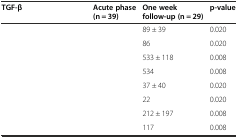
<table><thead><tr><td><b>TGF-β</b></td><td><b>Acute phase (n = 39)</b></td><td><b>One week follow-up (n = 29)</b></td><td><b>p-value</b></td></tr></thead><tbody><tr><td>[EMPTY_CELL]</td><td>[EMPTY_CELL]</td><td>89 ± 39</td><td>0.020</td></tr><tr><td>[EMPTY_CELL]</td><td>[EMPTY_CELL]</td><td>86</td><td>0.020</td></tr><tr><td>[EMPTY_CELL]</td><td>[EMPTY_CELL]</td><td>533 ± 118</td><td>0.008</td></tr><tr><td>[EMPTY_CELL]</td><td>[EMPTY_CELL]</td><td>534</td><td>0.008</td></tr><tr><td>[EMPTY_CELL]</td><td>[EMPTY_CELL]</td><td>37 ± 40</td><td>0.020</td></tr><tr><td>[EMPTY_CELL]</td><td>[EMPTY_CELL]</td><td>22</td><td>0.020</td></tr><tr><td>[EMPTY_CELL]</td><td>[EMPTY_CELL]</td><td>212 ± 197</td><td>0.008</td></tr><tr><td>[EMPTY_CELL]</td><td>[EMPTY_CELL]</td><td>117</td><td>0.008</td></tr></tbody></table>